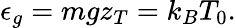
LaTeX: \epsilon_{g}=mgz_{T}=k_{B}T_{0}.